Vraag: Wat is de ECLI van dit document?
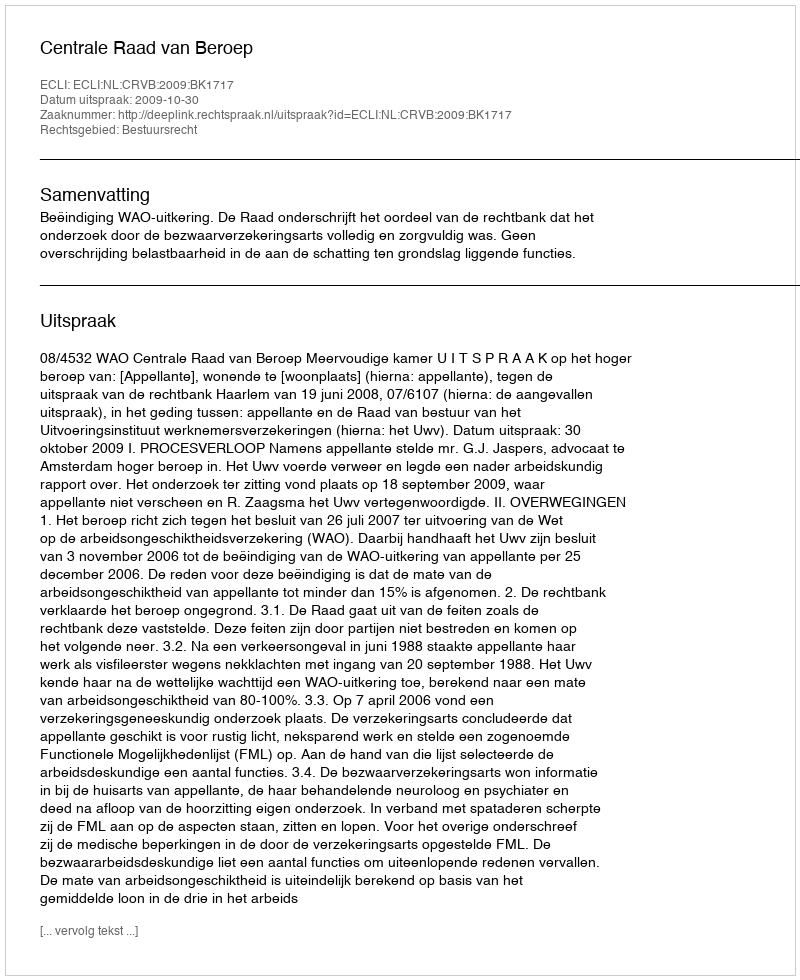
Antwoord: ECLI:NL:CRVB:2009:BK1717